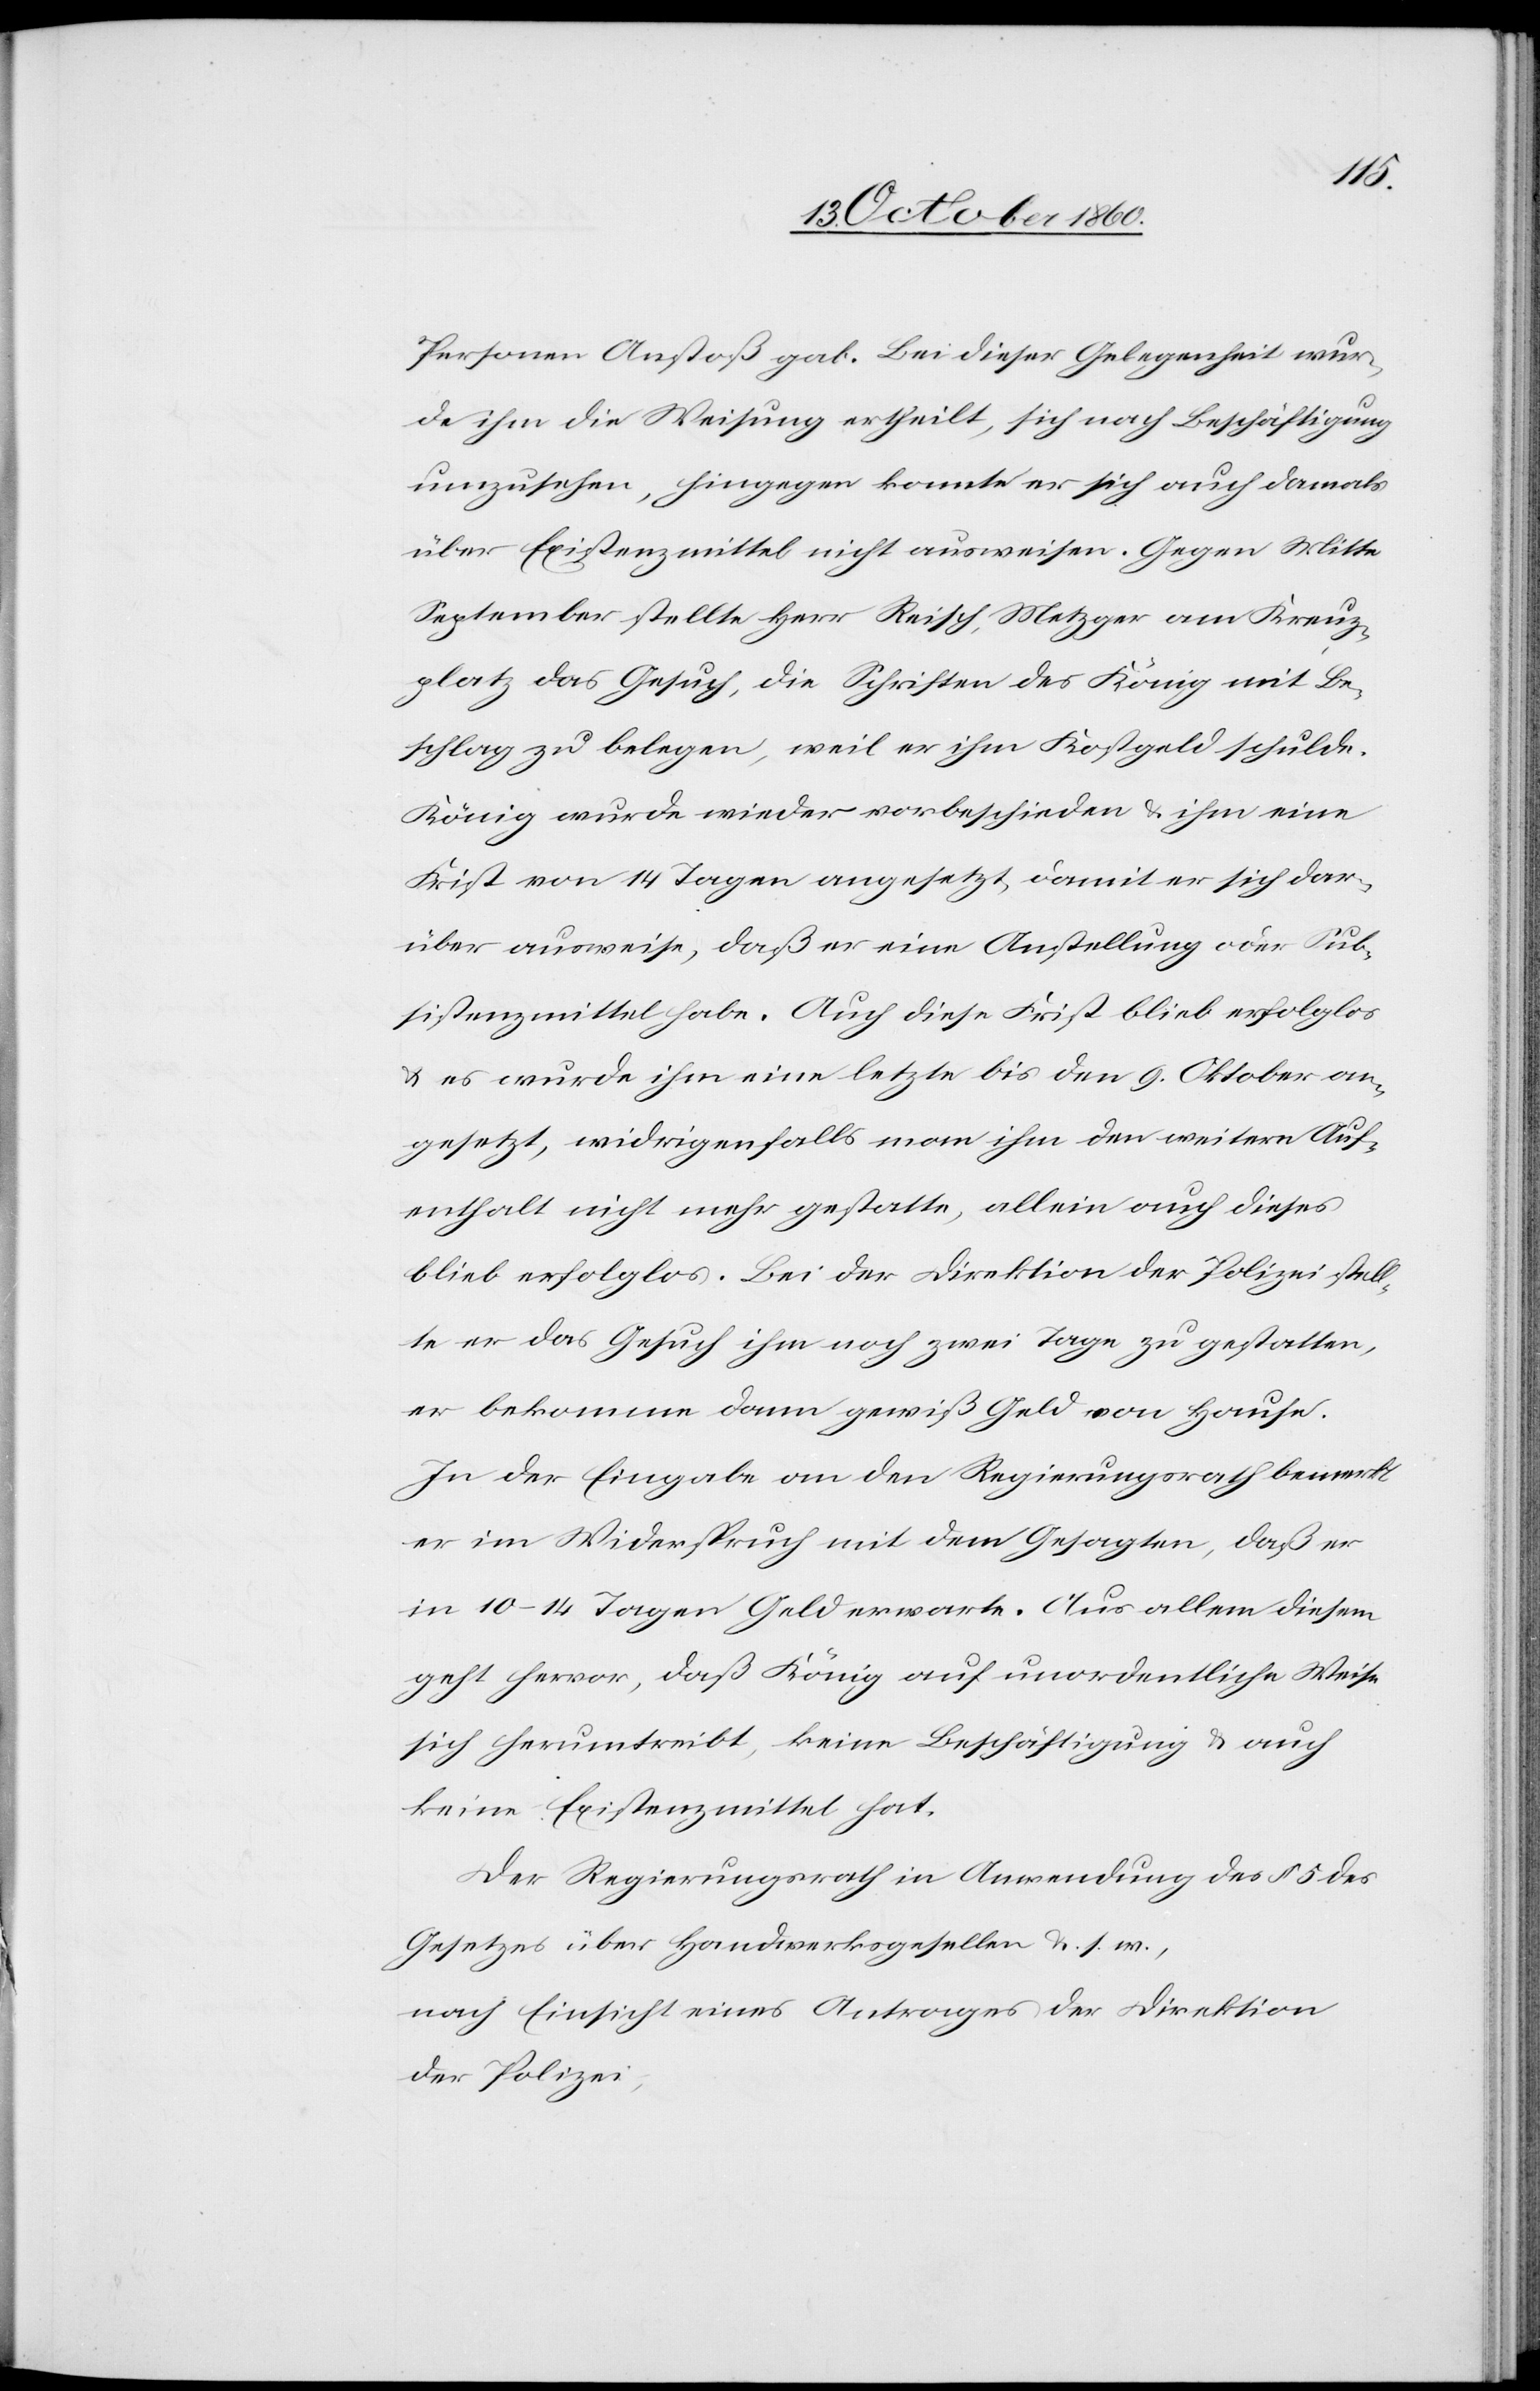
Personen Anstoß gab. Bei dieser Gelegenheit wur¬
de ihm die Weisung ertheilt, sich nach Beschäftigung
umzusehen, hingegen konnte er sich auch damals
über Existenzmittel nicht ausweisen. Gegen Mitte
September stellte Herr Reisch, Metzger am Kreuz¬
platz das Gesuch, die Schriften des König mit Be¬
schlag zu belegen, weil er ihm Kostgeld schulde.
König wurde wieder vorbeschieden u. ihm eine
Frist von 14 Tagen angesetzt, damit er sich dar¬
über ausweise, daß er eine Anstellung oder Sub¬
sistenzmittel habe. Auch diese Frist blieb erfolglos
u. es wurde ihm eine letzte bis den 9. Oktober an¬
gesetzt, widrigenfalls man ihm den weitern Auf¬
enthalt nicht mehr gestatte, allein auch dieses
blieb erfolglos. Bei der Direktion der Polizei stell¬
te er das Gesuch ihm noch zwei Tage zu gestatten,
er bekomme dann gewiß Geld von Hause.
In der Eingabe an den Regierungsrath bemerkt
er im Widerspruch mit dem Gesagten, daß er
in 10–14 Tagen Geld erwarte. Aus allem diesem
geht hervor, daß König auf unordentliche Weise
sich herumtreibt, keine Beschäftigung u. auch
keine Existenzmittel hat.
Der Regierungsrath in Anwendung des § 5 des
Gesetzes über Handwerksgesellen u. s. w.,
nach Einsicht eines Antrages der Direktion
der Polizei,